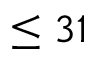
\le 3 1